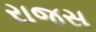
રાજસ